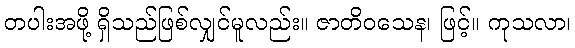
တပါးအဖို့ ရှိသည်ဖြစ်လျှင်မူလည်း။ ဇာတိဝသေန၊ ဖြင့်။ ကုသလာ၊